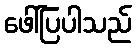
ဖေါ်ပြပါသည်